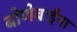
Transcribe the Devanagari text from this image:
बोणेबाईंना